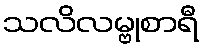
သလိလမ္ဗုစာရီ